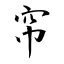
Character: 帘